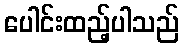
ပေါင်းထည့်ပါသည်